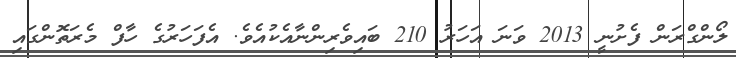
ލޯންގްރަން ފެށުނީ 2013 ވަނަ އަހަރު 210 ބައިވެރިންނާއެކުއެވެ. އެފަހަރުގެ ހާފް މެރަތޮންގައި